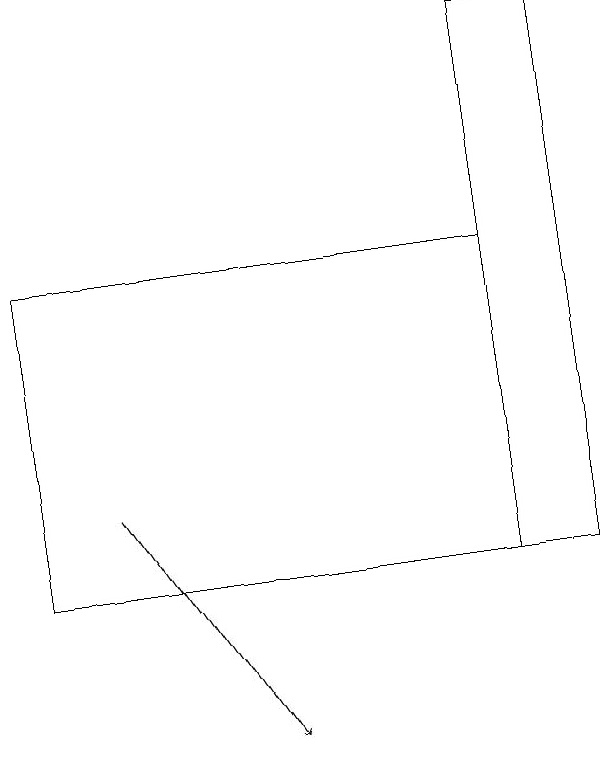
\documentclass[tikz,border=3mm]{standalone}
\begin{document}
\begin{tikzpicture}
\draw[->] (1,13) -- (3,10);
\draw (6,12) rectangle (0,16);
\draw (6,12) rectangle (7,19);
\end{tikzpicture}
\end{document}